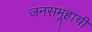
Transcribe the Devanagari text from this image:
जनसमूहाची